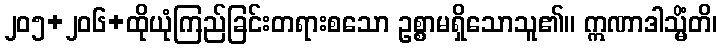
၂၀၅+၂၀၆+ထိုယုံကြည်ခြင်းတရားစသော ဥစ္စာမရှိသောသူ၏။ ဣဏာဒါသ္မိံတိ၊